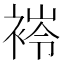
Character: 𧛎